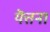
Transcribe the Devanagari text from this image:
यॆत्तना